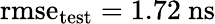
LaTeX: \mathrm{rmse}_{\mathrm{test}}=1.72~\mathrm{ns}